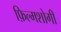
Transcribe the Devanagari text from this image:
फ़िल्मशोगी